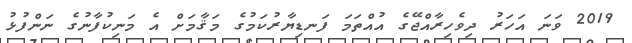
2019 ވަނަ އަހަރު ދިވެހިރާއްޖޭގެ އުއްތަމަ ފަނޑިޔާރުކަމުގެ މަޤާމަށް އެ މަނިކުފާނުގެ ނަންފުޅު